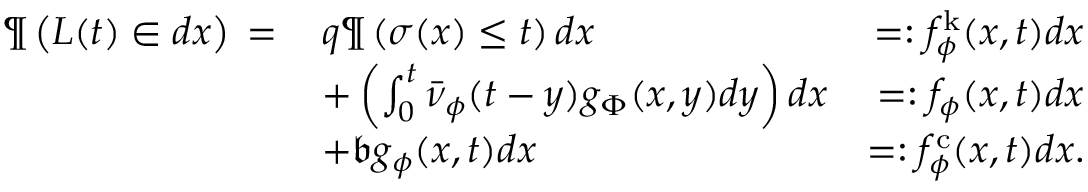
\begin{array} { r l r } { \P \left( L ( t ) \in d x \right) \, = \, } & { q \P \left( \sigma ( x ) \leq t \right) d x } & { = : f _ { \phi } ^ { \mathrm { k } } ( x , t ) d x } \\ & { + \left( \int _ { 0 } ^ { t } \bar { \nu } _ { \phi } ( t - y ) g _ { \Phi } ( x , y ) d y \right) d x } & { = : f _ { \phi } ( x , t ) d x } \\ & { + \mathfrak { b } g _ { \phi } ( x , t ) d x } & { = : f _ { \phi } ^ { \mathrm { c } } ( x , t ) d x . } \end{array}